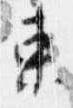
東